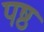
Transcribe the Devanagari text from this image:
पष्ठ